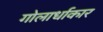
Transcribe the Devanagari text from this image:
गोलार्धाकार